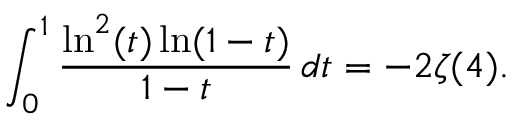
\int _ { 0 } ^ { 1 } \frac { \ln ^ { 2 } ( t ) \ln ( 1 - t ) } { 1 - t } \, d t = - 2 \zeta ( 4 ) .